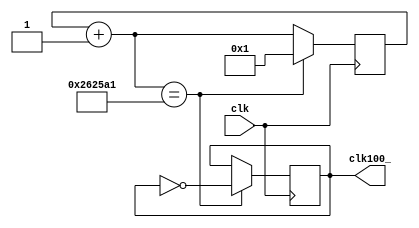
// This program was cloned from: https://github.com/MathBorgess/hardware_studies
// License: MIT License

// clk -> 100hz ; clk100 -> 1hz
module freqdiv (
    input clk, 
    output reg clk100_
);
    parameter tfm = 2500000;
    reg [24:0] count = 0;
    initial clk100_ = 1'b1;
    
    always @(posedge clk) begin
        count = count + 1;
        if(count == (tfm+1)) begin
            count = 1;
            clk100_ = ~clk100_;
        end
    end
endmodule

// clk -> 50Mhz ; clk50m -> 1hz
module freqdiv50M (
    input clk, 
    output reg clk100
);
    parameter tfm = 25000000;
    reg [24:0] count = 0;
    initial clk100 = 1'b1;
    
    always @(posedge clk) begin
        count = count + 1;
        if(count == (tfm+1)) begin
            count = 1;
            clk100 = ~clk100;
        end
    end
endmodule